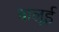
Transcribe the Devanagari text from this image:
बालूई